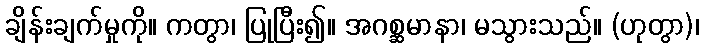
ချိန်းချက်မှုကို။ ကတွာ၊ ပြုပြီး၍။ အဂစ္ဆမာနာ၊ မသွားသည်။ (ဟုတွာ)၊